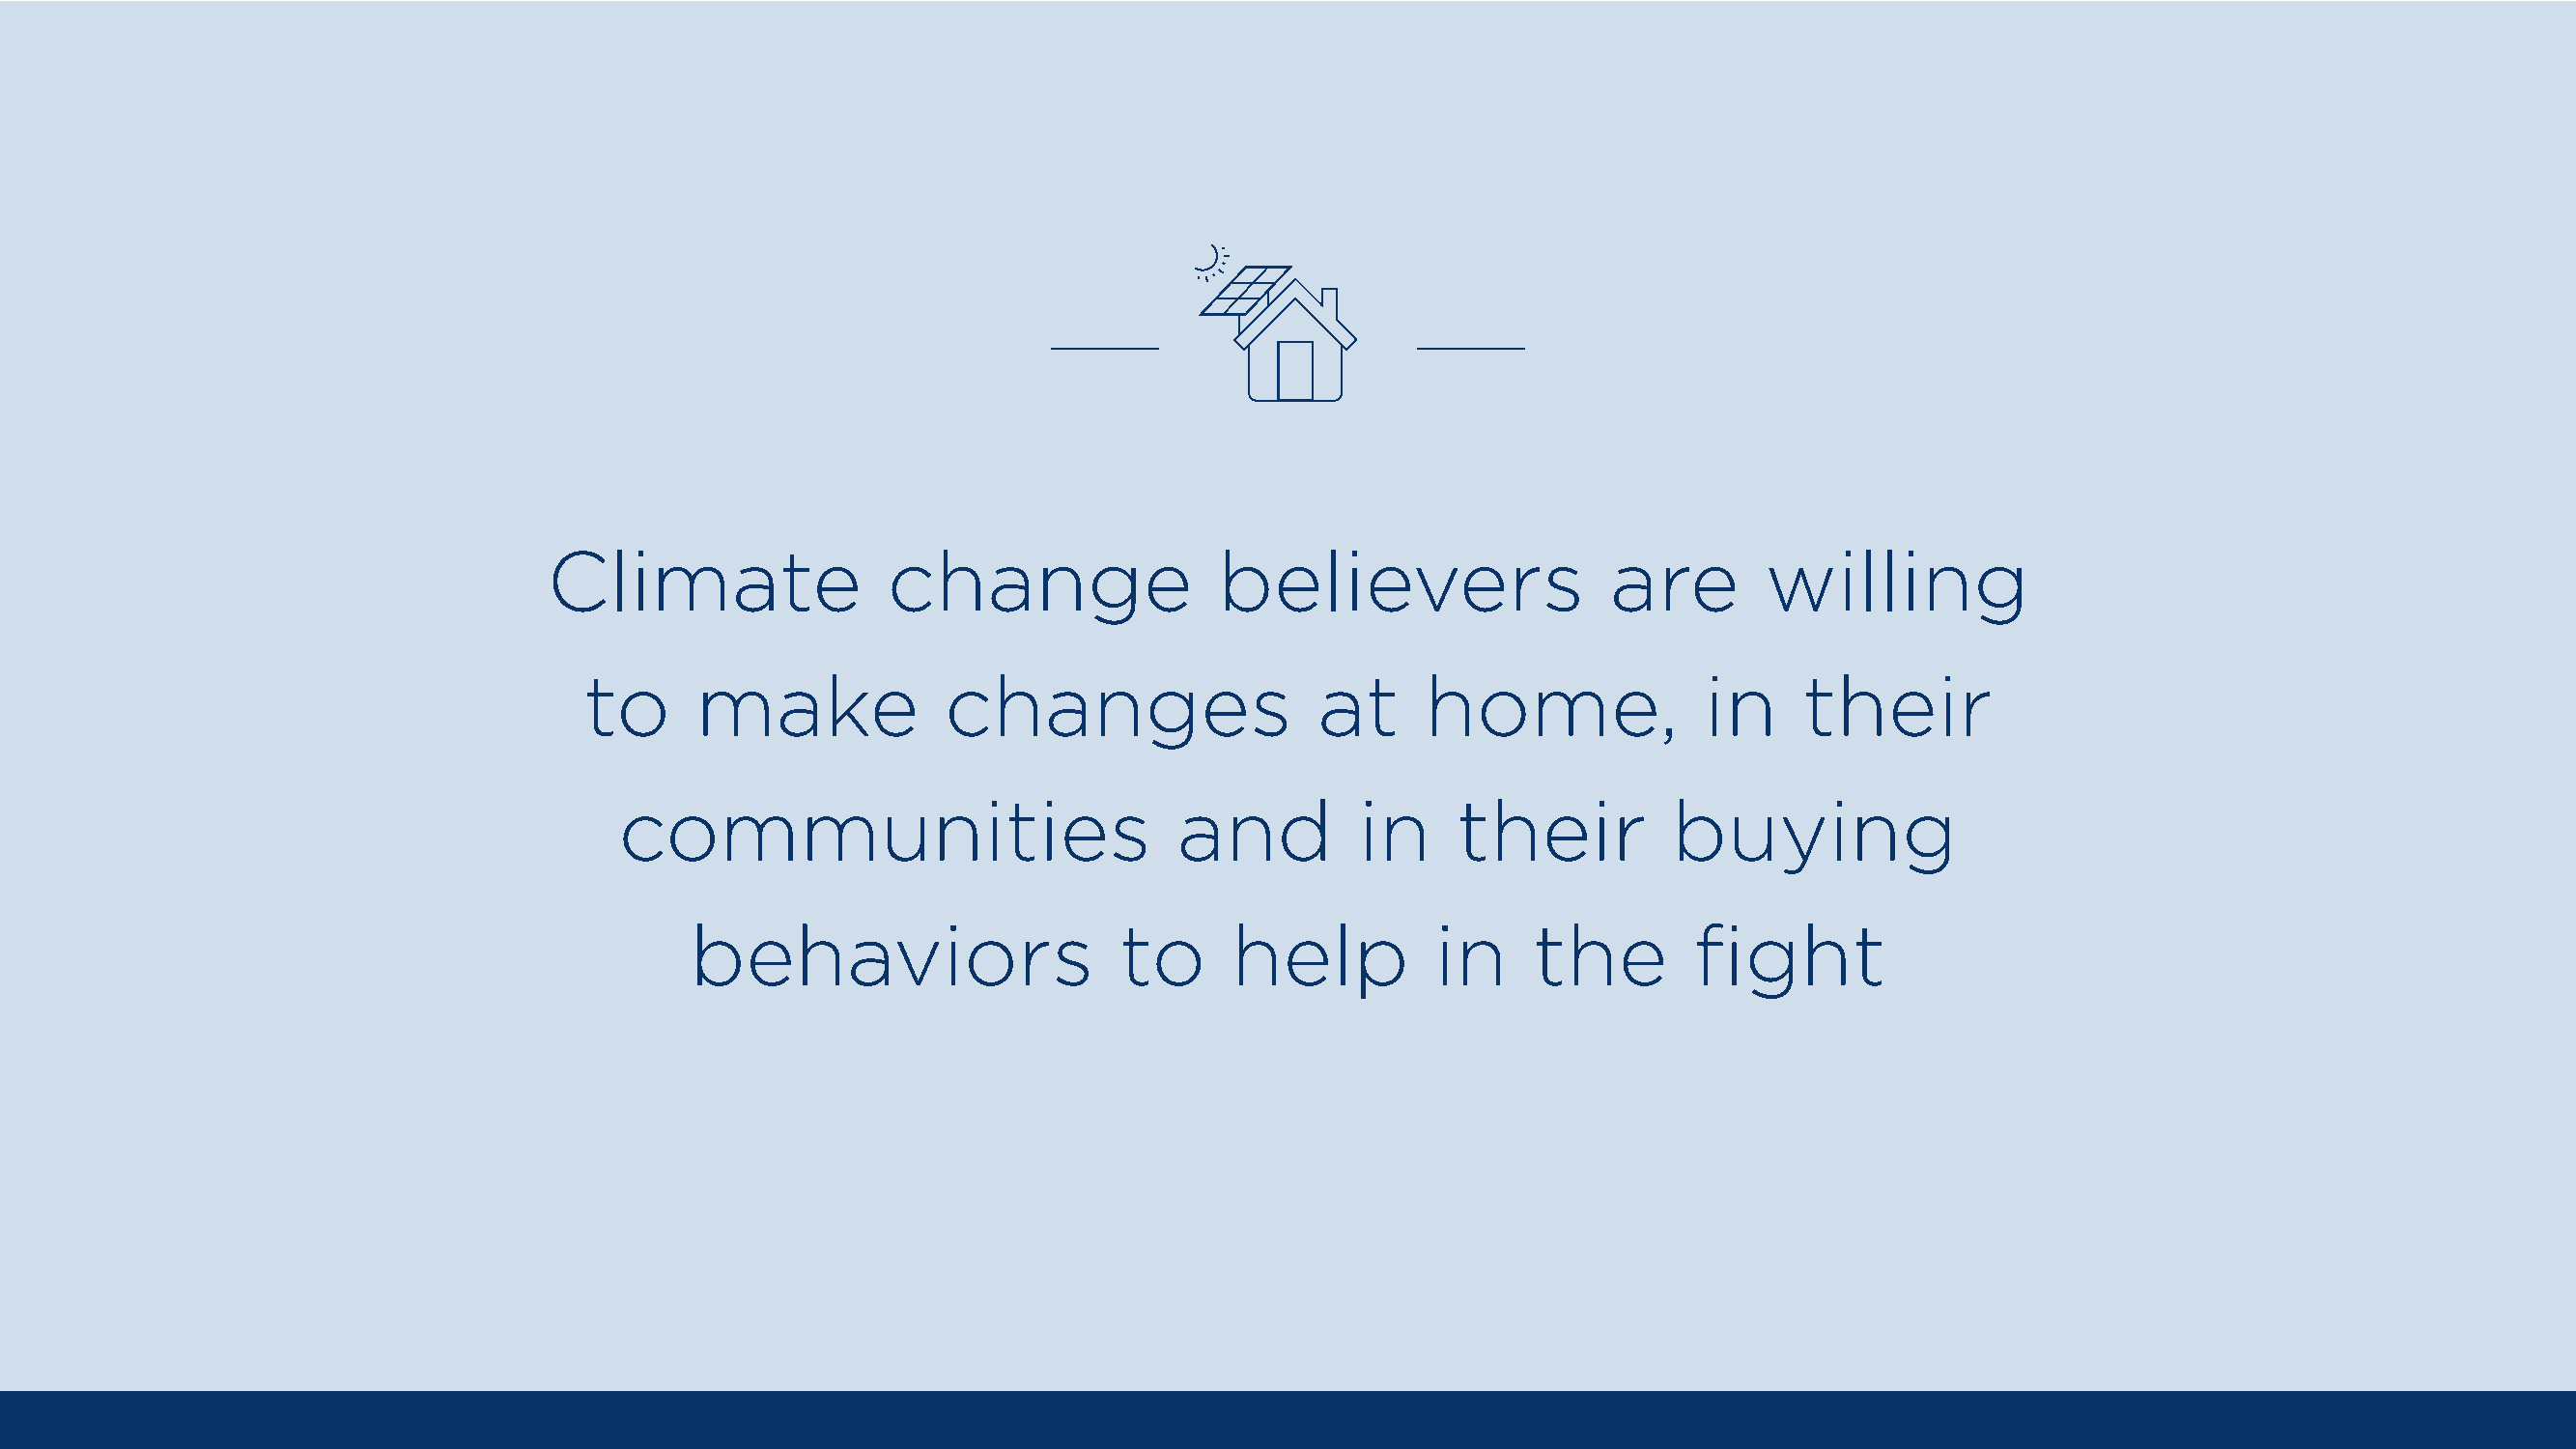
Climate                 change                believers                  are        willing
 to      make             changes                  at      home,              in     their
 communities                            and         in     their          buying
 behaviors                     to     help          in     the        fight